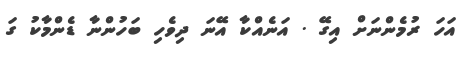
އަހަ ރުމެންނަަށް އިގޭ . އަނެއްކާ އޭނަ ދިވެހި ބަހުންނާ ޑެންމާކު ގަ